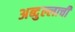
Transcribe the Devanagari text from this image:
अब्दुल्लाची